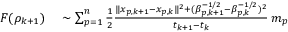
\begin{array} { r l } { F ( \rho _ { k + 1 } ) } & { { } \sim \sum _ { p = 1 } ^ { n } \frac { 1 } { 2 } \frac { \| x _ { p , k + 1 } - x _ { p , k } \| ^ { 2 } + ( \beta _ { p , k + 1 } ^ { - 1 / 2 } - \beta _ { p , k } ^ { - 1 / 2 } ) ^ { 2 } } { t _ { k + 1 } - t _ { k } } \, m _ { p } } \end{array}